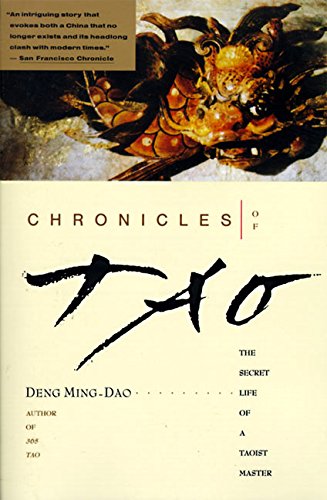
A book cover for Chronicles of Tao: The Secret Life of a Taoist Master; Ming-dao Deng; Religion & Spirituality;